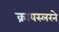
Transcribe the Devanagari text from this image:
क्रायस्लरने